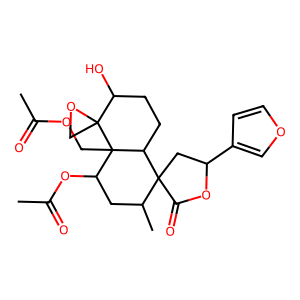
SMILES: CC(=O)OCC12C(OC(C)=O)CC(C)C3(CC(c4ccoc4)OC3=O)C1CCC(O)C21CO1
Inhibits HIV replication: No